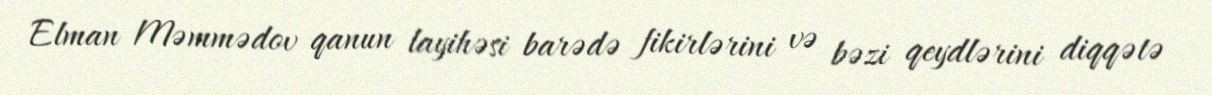
Elman Məmmədov qanun layihəsi barədə fikirlərini və bəzi qeydlərini diqqətə